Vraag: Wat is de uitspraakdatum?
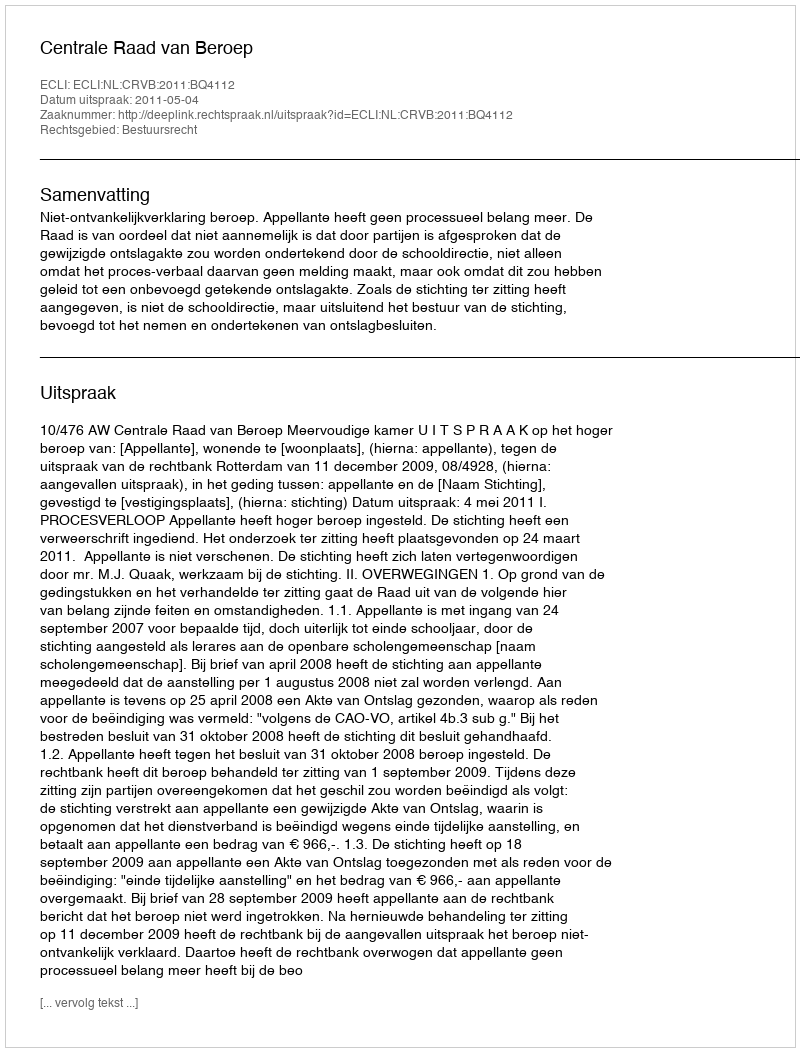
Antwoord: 2011-05-04